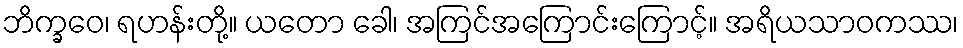
ဘိက္ခဝေ၊ ရဟန်းတို့။ ယတော ခေါ၊ အကြင်အကြောင်းကြောင့်။ အရိယသာဝကဿ၊